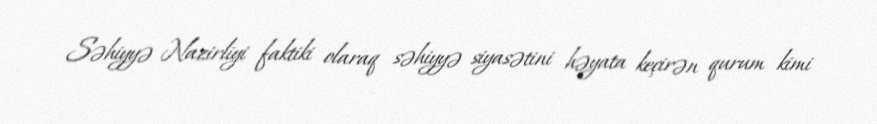
Səhiyyə Nazirliyi faktiki olaraq səhiyyə siyasətini həyata keçirən qurum kimi